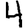
Digit: 4